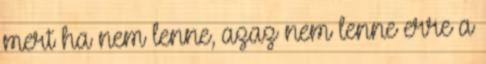
mert ha nem lenne, azaz nem lenne erre a